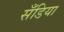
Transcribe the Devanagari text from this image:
सँडिया